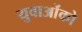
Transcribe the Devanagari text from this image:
युवाओंको